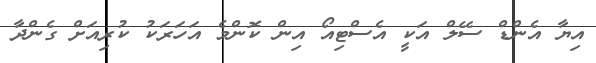
އިޔާ އެންޑް ސޭލް އަކީ އެސްޓިއޯ އިން ކޮންމެ އަހަރަކު ކުރިއަށް ގެންދާ